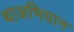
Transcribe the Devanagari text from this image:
थाअभियान